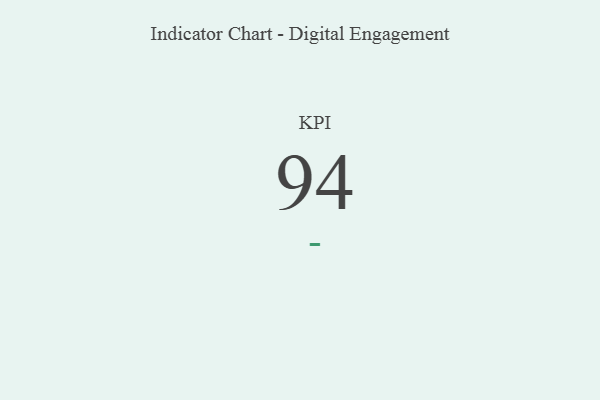
{"axis": {"x": "KPI", "y": "Value"}, "legend": [""], "data": [{"x": "KPI", "y": 94, "type": ""}]}